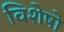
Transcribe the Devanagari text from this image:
विशेषो